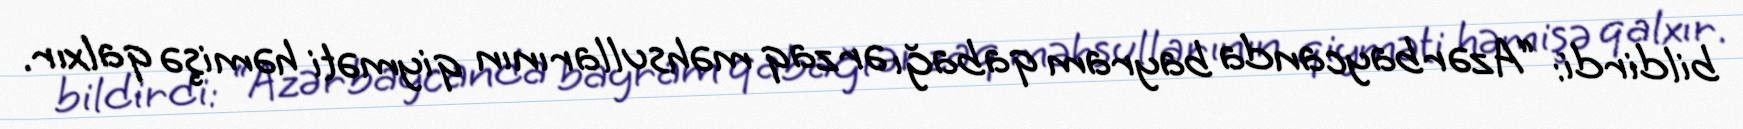
bildirdi: “Azərbaycanda bayram qabağı ərzaq məhsullarının qiyməti həmişə qalxır.